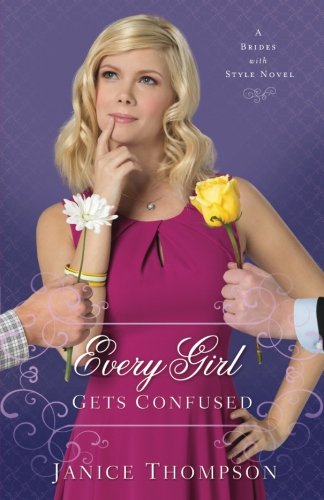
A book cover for Every Girl Gets Confused: A Novel (Brides with Style); Janice Thompson; Christian Books & Bibles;